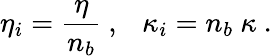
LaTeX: \eta_{i}={\frac{\eta}{n_{b}}}\ ,\ \ \ \kappa_{i}=n_{b}\ \kappa\ .